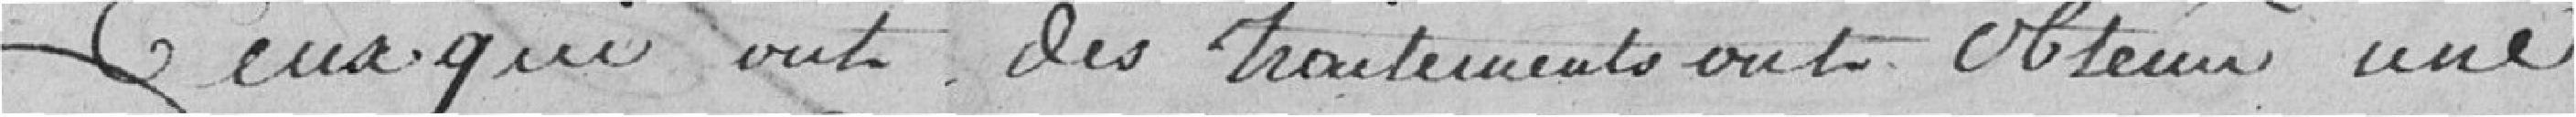
ceux qui ont des traitements ont obtenu une